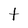
Character: t